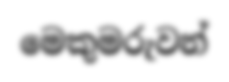
මෙකුමරුවන්